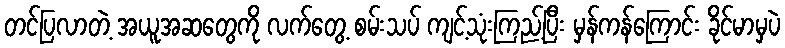
တင်ပြလာတဲ့ အယူအဆတွေကို လက်တွေ့ စမ်းသပ် ကျင့်သုံးကြည့်ပြီး မှန်ကန်ကြောင်း ခိုင်မာမှပဲ